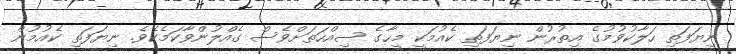
ނިޔަފަތި ހަލާކުވުމުގެ އިތުރުން ނިޔަފަތި ކެއުމަކީ މީހާގެ ސިއްހަތަށްވެސް ގެއްލުންވާކަމެކެވެ. ނިޔަފަތި ކެއުމުން